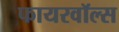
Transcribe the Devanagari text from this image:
फायरवॉल्स